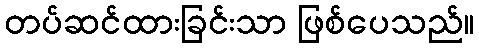
တပ်ဆင်ထားခြင်းသာ ဖြစ်ပေသည်။